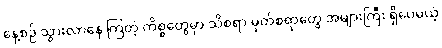
နေ့စဉ် သွားလာနေ ကြတဲ့ ကိစ္စတွေမှာ သိစရာ မှတ်စရာတွေ အများကြီး ရှိပေမယ့်